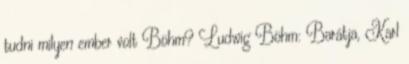
tudni milyen ember volt Böhm? Ludwig Böhm: Barátja, Karl